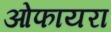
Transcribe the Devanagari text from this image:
ओफायरा